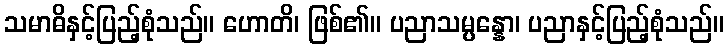
သမာဓိနှင့်ပြည့်စုံသည်။ ဟောတိ၊ ဖြစ်၏။ ပညာသမ္ပန္နော၊ ပညာနှင့်ပြည့်စုံသည်။